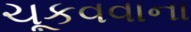
ચૂકવવાના